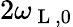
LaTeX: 2\omega_{\mathrm{~L~},0}